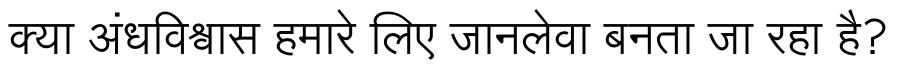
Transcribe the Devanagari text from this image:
क्या अंधविश्वास हमारे लिए जानलेवा बनता जा रहा है?